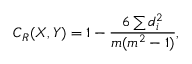
C _ { R } ( X , Y ) = 1 - \frac { 6 \sum d _ { i } ^ { 2 } } { m ( m ^ { 2 } - 1 ) } ,